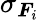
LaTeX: \sigma_{\boldsymbol{F}_{i}}